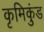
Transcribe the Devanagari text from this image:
कृमिकुंड